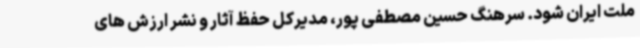
ملت ایران شود. سرهنگ حسین مصطفی پور، مدیرکل حفظ آثار و نشر ارزش های